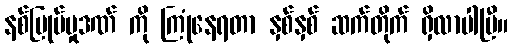
နစ်မြုပ်မှုဒဏ် ကို ကြုံနေရတာ နှစ်နှစ် ဆက်တိုက် ရှိလာပါပြီ။